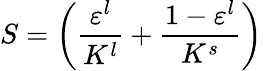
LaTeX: S=\left(\frac{\varepsilon^{l}}{K^{l}}+\frac{1-\varepsilon^{l}}{K^{s}}\right)